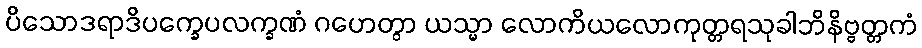
ပိသောဒရာဒိပက္ခေပလက္ခဏံ ဂဟေတွာ ယသ္မာ လောကိယလောကုတ္တရသုခါဘိနိဗ္ဗတ္တကံ